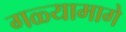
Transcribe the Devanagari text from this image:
गळ्यामागे